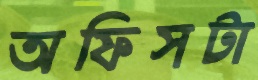
অফিসটা